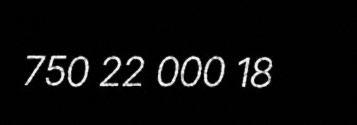
750 22 000 18